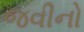
જવીનો